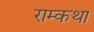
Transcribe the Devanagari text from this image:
राम्कथा